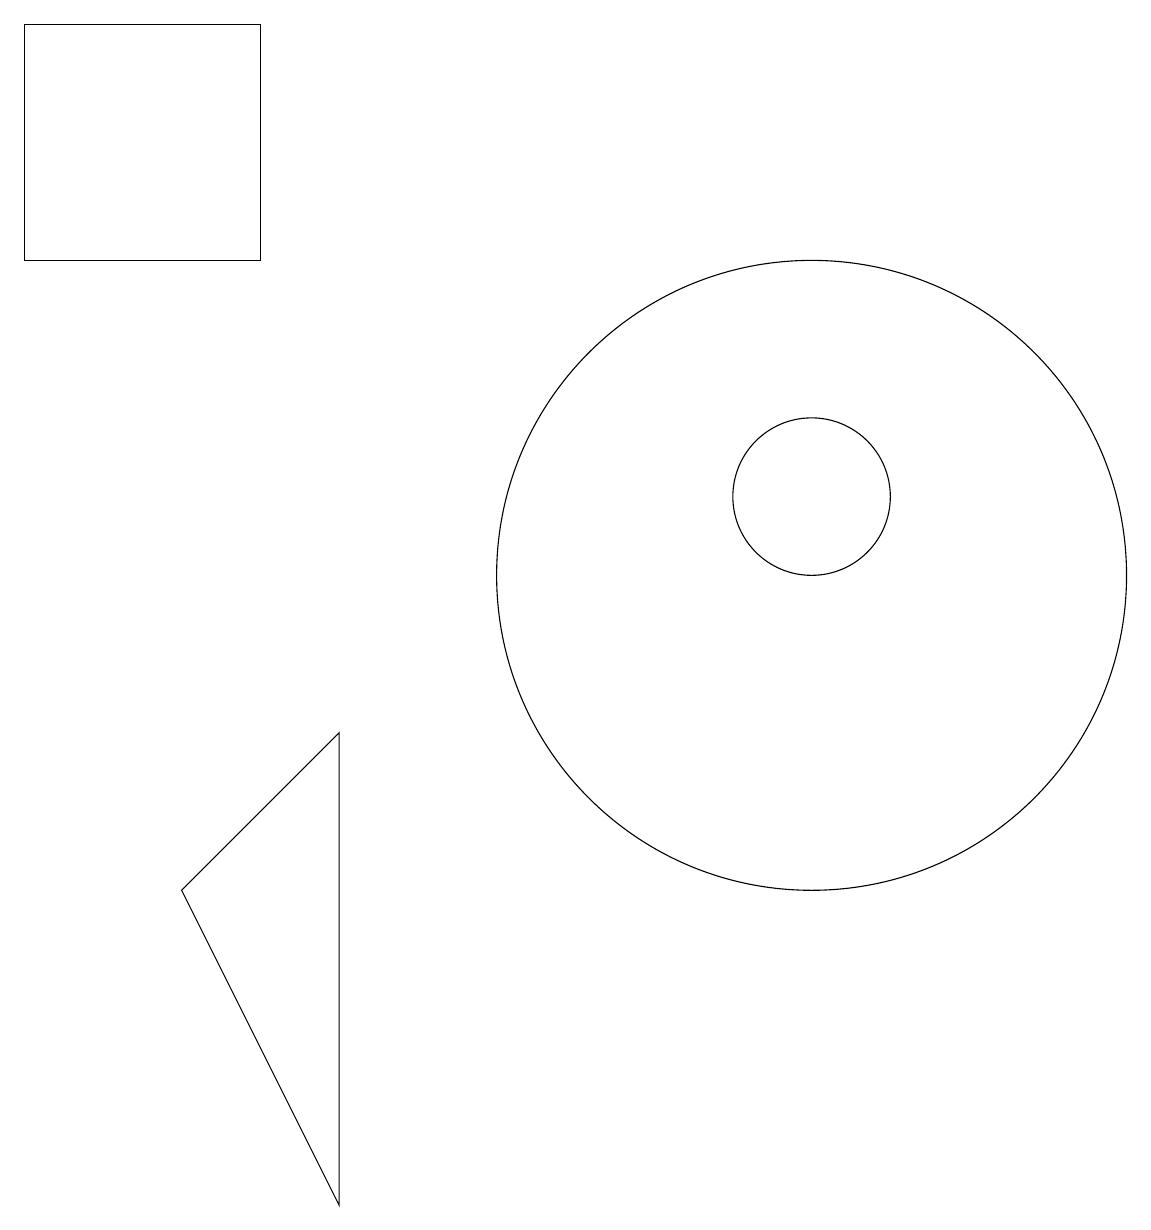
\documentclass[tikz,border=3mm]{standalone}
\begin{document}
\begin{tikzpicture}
\draw (10,11) circle (4);
\draw (10,12) circle (1);
\draw (3,18) rectangle (0,15);
\draw (2,7) -- (4,9) -- (4,3) -- cycle;
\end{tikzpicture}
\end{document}